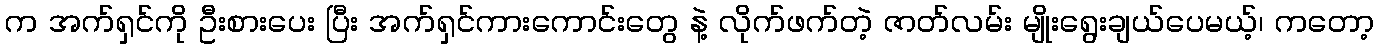
က အက်ရှင်ကို ဦးစားပေး ပြီး အက်ရှင်ကားကောင်းတွေ နဲ့ လိုက်ဖက်တဲ့ ဇာတ်လမ်း မျိုးရွေးချယ်ပေမယ့်၊ ကတော့